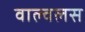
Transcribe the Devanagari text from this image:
वाल्वलस